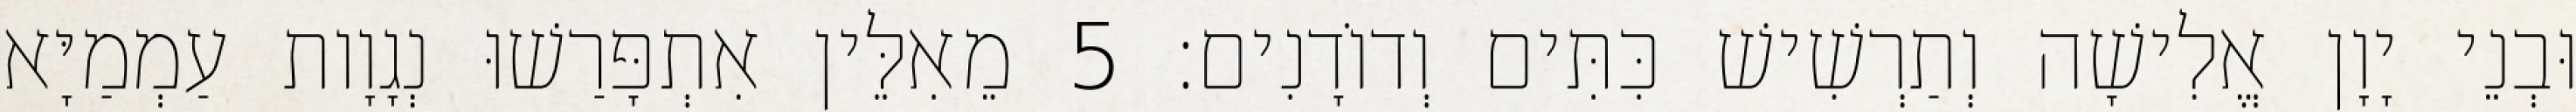
וּבְנֵי יָוָן אֱלִישָׁה וְתַרְשִׁישׁ כִּתִּים וְדוֹדָנִים׃ 5 מֵאִלֵּין אִתְפָּרַשׁוּ נְגָוָות עַמְמַיָּא